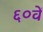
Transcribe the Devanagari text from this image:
६०वें